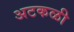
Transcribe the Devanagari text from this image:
अटकळी